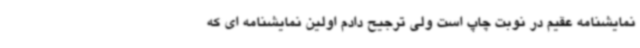
نمایشنامه عقیم در نوبت چاپ است ولی ترجیح دادم اولین نمایشنامه ای که